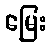
မြေး